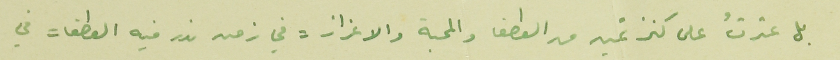
بل عثرتُ على كنز ثمين من العطف والمحبة والاعزاز = في زمن ندر فيه العطف = في